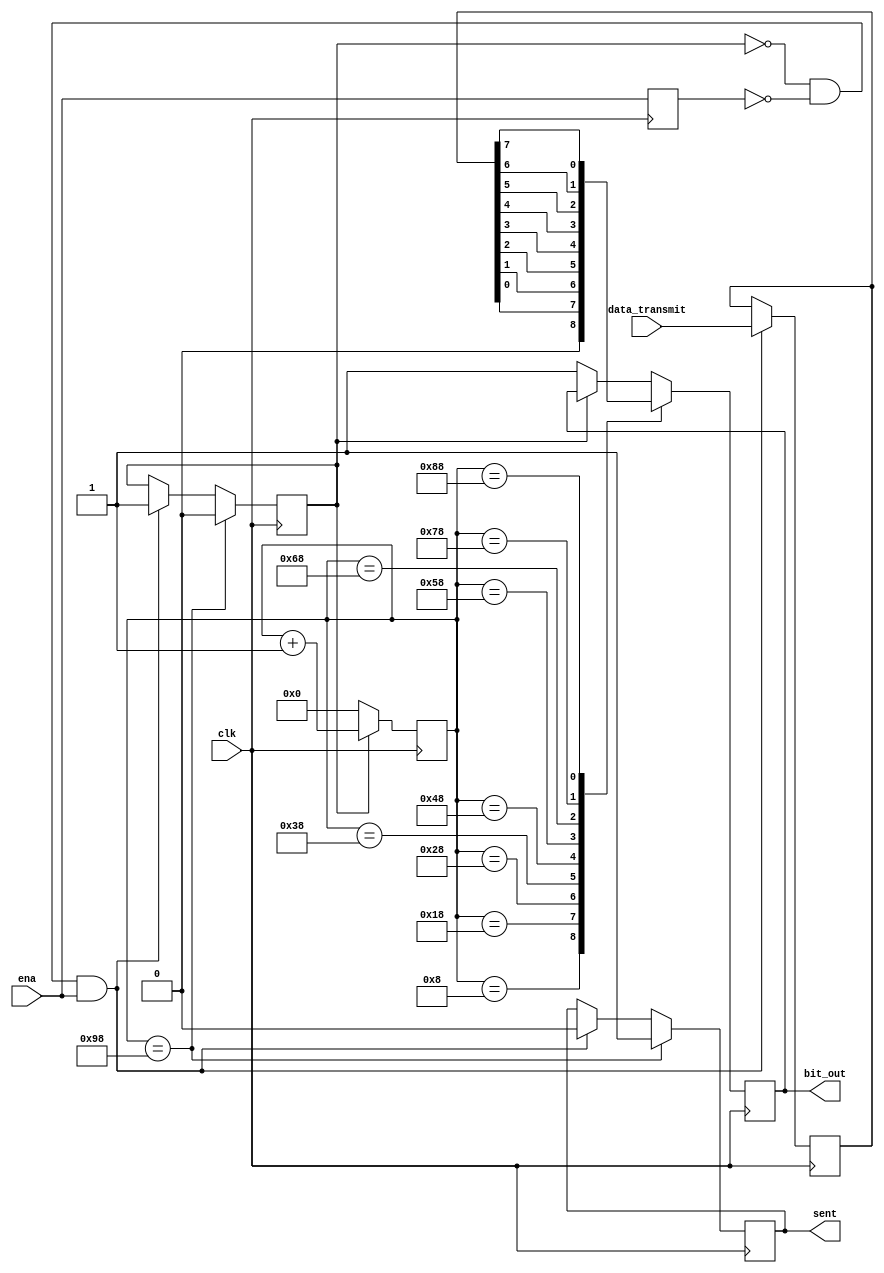
module uart_tx(
    input clk,
    input [7:0] data_transmit,
    input ena,
    output reg sent,
    output reg bit_out
    );
    
    reg last_ena;
    reg sending = 0;
    reg [7:0] count;
    reg [7:0] temp;
    
    always@(posedge clk) begin
        if (~sending & ~last_ena & ena) begin
            temp <= data_transmit;
            sending <= 1;
            sent <= 0;
            count <= 0;
        end
        
        last_ena <= ena;
        
        if (sending)    count <= count + 1;
        else            begin count <= 0; bit_out <= 1; end
        
        // sampling every 16 ticks
        case (count)
            8'd8: bit_out <= 0;
            8'd24: bit_out <= temp[0];  
            8'd40: bit_out <= temp[1];
            8'd56: bit_out <= temp[2];
            8'd72: bit_out <= temp[3];
            8'd88: bit_out <= temp[4];
            8'd104: bit_out <= temp[5];
            8'd120: bit_out <= temp[6];
            8'd136: bit_out <= temp[7];
            8'd152: begin sent <= 1; sending <= 0; end
        endcase
    end
endmodule